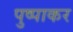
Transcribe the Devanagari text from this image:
पुष्पाकर